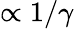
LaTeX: \propto 1/\gamma